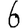
Digit: 6